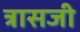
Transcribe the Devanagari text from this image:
त्रासजी